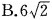
B.6 \sqrt{2}